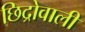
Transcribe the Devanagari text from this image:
छिद्रोवाली